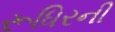
રૂધિરની